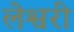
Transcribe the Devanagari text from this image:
लेश्वरी